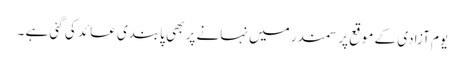
یوم آزادی کے موقع پر سمندر میں نہانے پر بھی پابندی عائد کی گئی ہے ۔